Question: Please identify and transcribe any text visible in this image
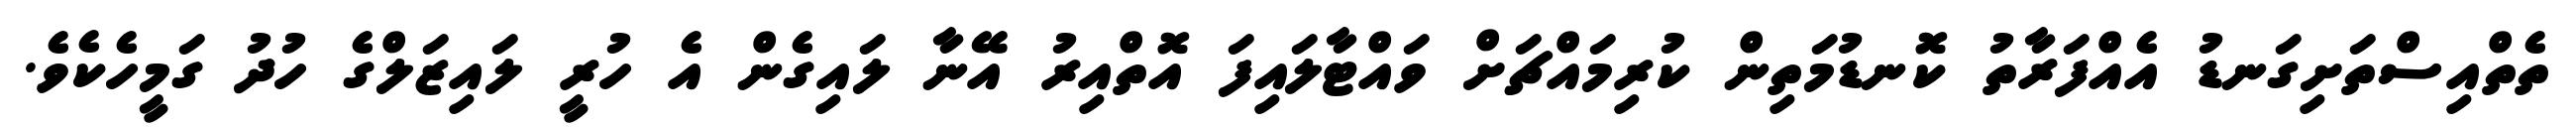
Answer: ތެތްއިސްތަށިގަނޑު އެއްފަރާތު ކޮނޑުމަތިން ކުރިމައްޗަށް ވައްޓާލައިފަ އޮތްއިރު އޭނާ ލައިގެން އެ ހުރީ ލައިޒަލްގެ ހުދު ގަމީހެކެވެ.